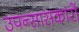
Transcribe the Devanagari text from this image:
उपन्सासकारों